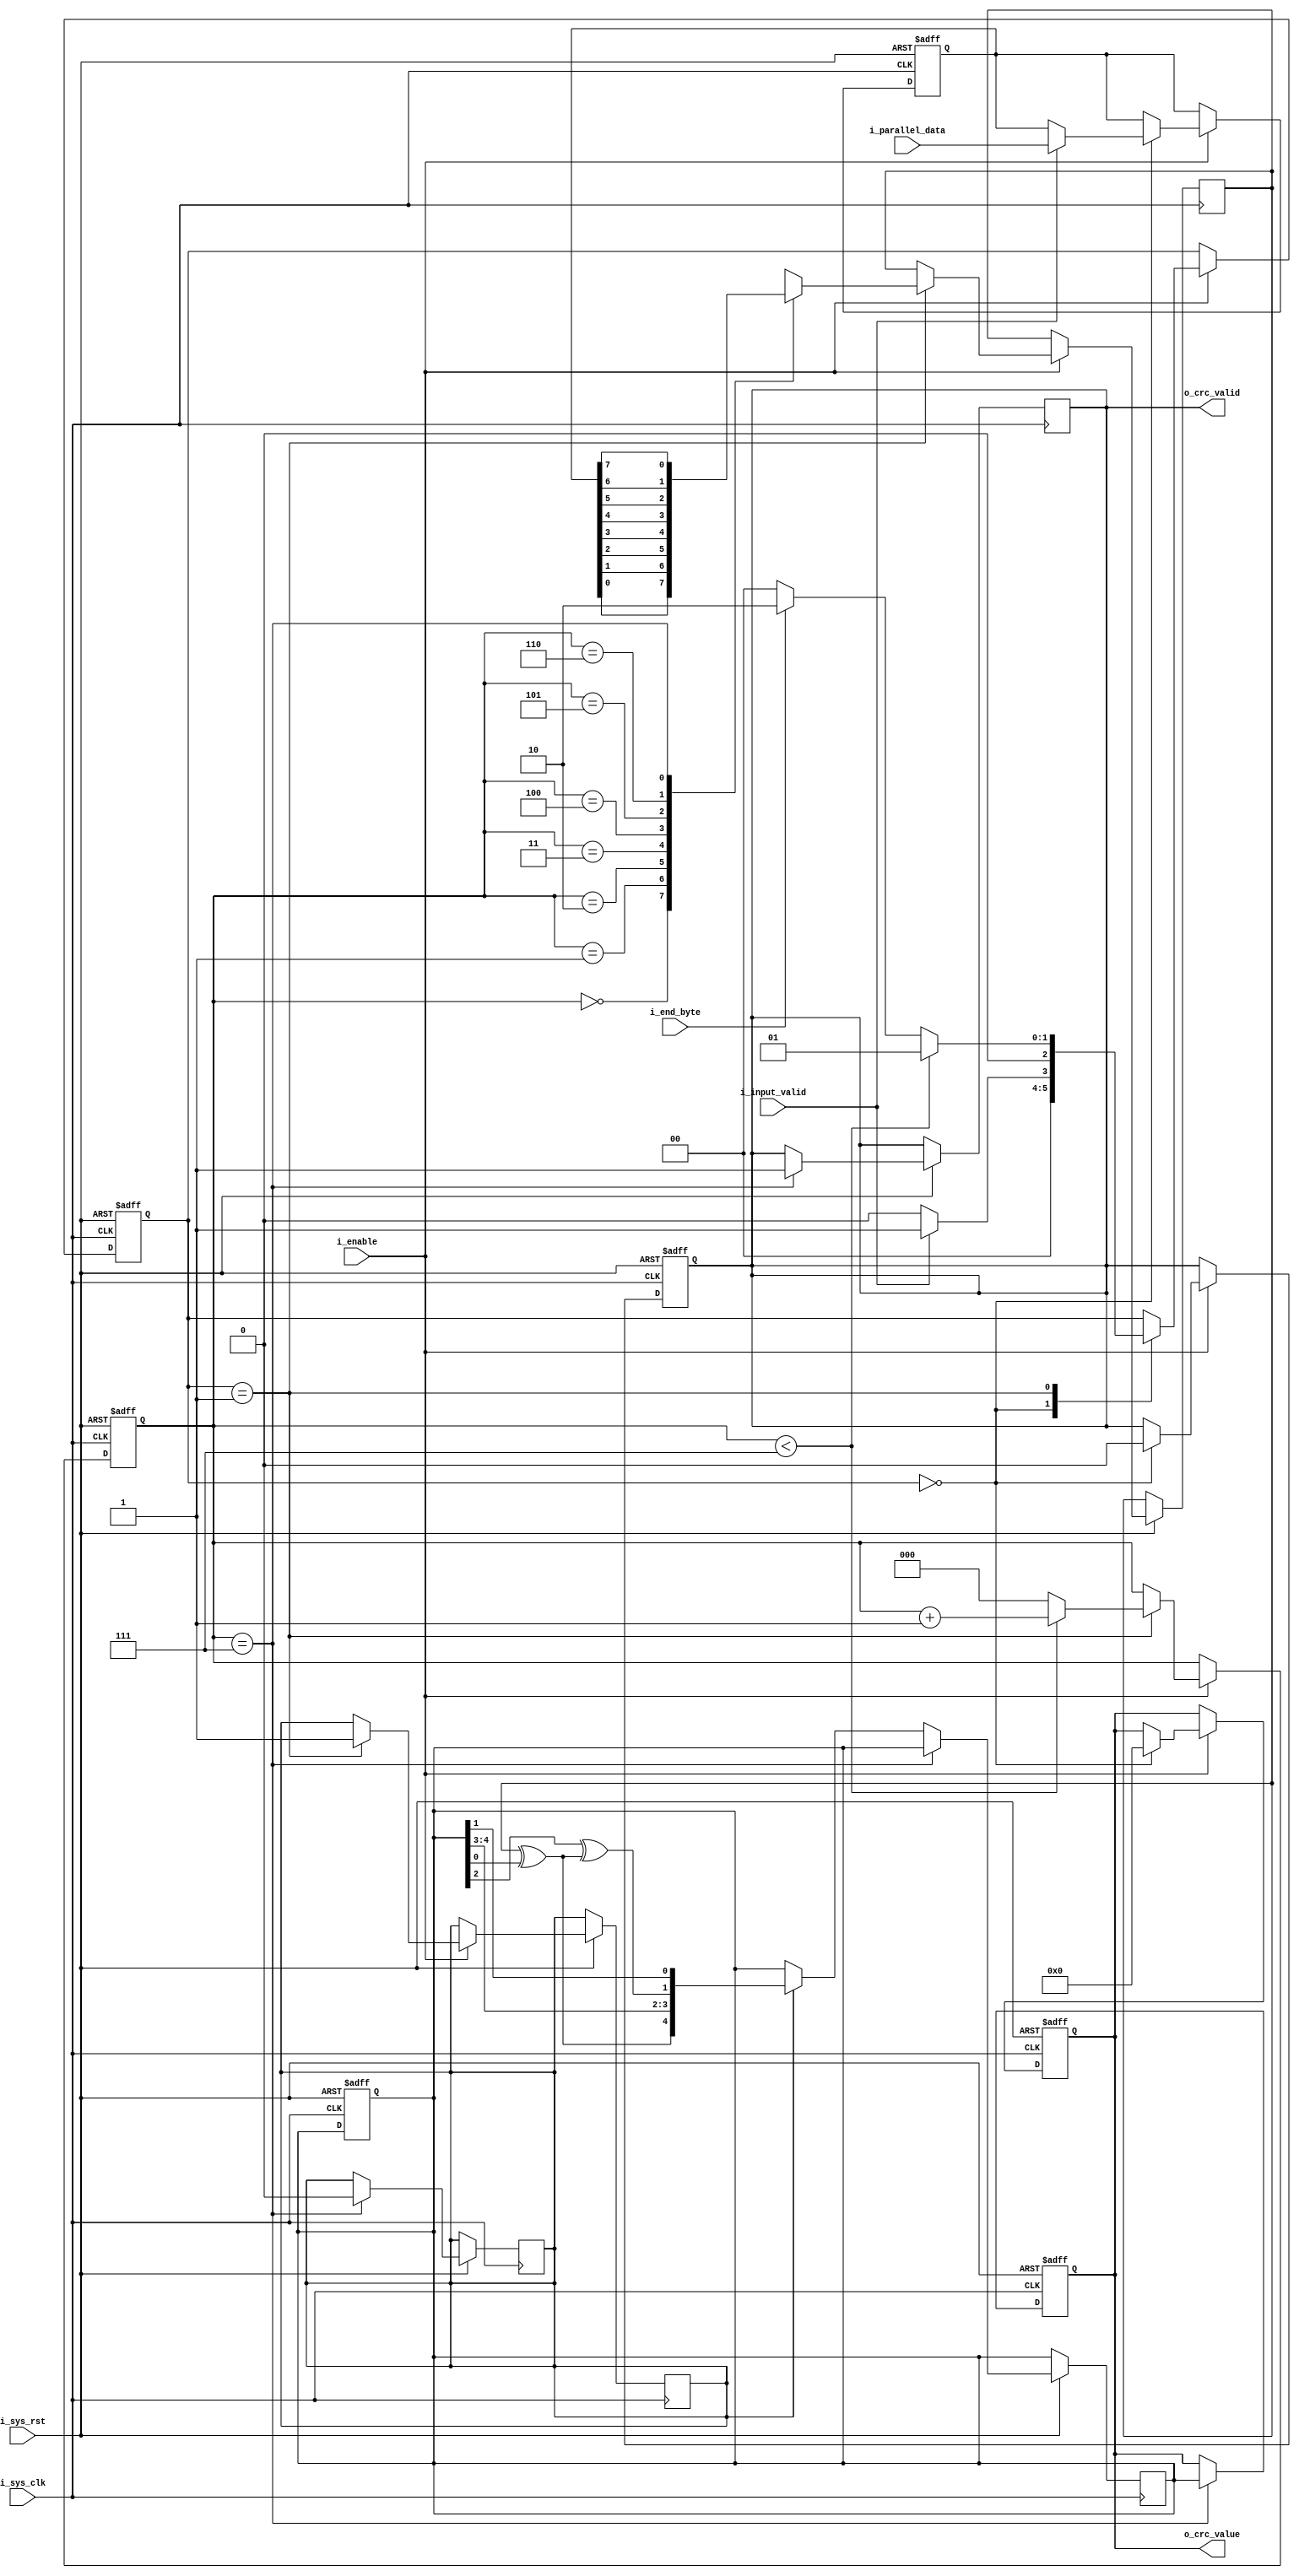
module crc_variable_input (
    input wire i_sys_clk,
    input wire i_sys_rst,
    input wire [7:0] i_parallel_data,
    input wire i_input_valid, //which is connected to mode done of tx
    input wire i_enable,
    input wire i_end_byte,
    output reg [4:0] o_crc_value,
    output reg o_crc_valid
);


// CRC polynomial
parameter polynomial = 5'b101101; // 5-bit CRC polynomial
localparam  IDLE     = 2'b00,
            CALC_CRC = 2'b01,
            OUT_CRC  = 2'b10;




// CRC registers
//reg [4:0] crc_reg;
reg [7:0] data_reg;
reg [4:0] LFSR;
reg [2:0] current_state, next_state;
reg [2:0] counter;  // Counter to keep track of bit position
//reg [4:0] shift_reg; // Shift register for CRC calculation
reg serial_out;
wire Feedback;
reg enter_crc ;
 always@(posedge i_sys_clk or negedge i_sys_rst) begin
      if (!i_sys_rst) begin
        LFSR <= 5'b0_0000;
        o_crc_value   <= 5'b00000; // Initialize CRC register to 0
        data_reg      <= 8'b0; // Initialize data register to 0
        o_crc_valid   <= 1'b0; // Output valid signal low on reset
        next_state <= IDLE;
        counter <= 3'b000;
        ///LFSR <= seeed;
      end
      else if (i_enable)
      begin
        //current_state <= next_state;
        case (next_state)
                IDLE : begin 
                  //if(i_enable)
                    if(i_input_valid) begin
                      data_reg <= i_parallel_data;
                      ///ser
                      o_crc_value <= 5'b00000;
                      o_crc_valid <= 1'b0;
                      next_state <= CALC_CRC;
                    end
                    else
                      begin
                      o_crc_value <= 5'b00000;
                      o_crc_valid <= 1'b0;
                      next_state <= IDLE;
                      end
                end

                CALC_CRC : begin
                  ///serializing
                  //flag
                  enter_crc <= 1'b1;
                      if (counter < 3'b111) begin
                        counter <= counter + 1;
                        next_state <= CALC_CRC;
                        end 
                      else begin
                          counter <= 3'b000;
                          if (!i_end_byte) begin
                            next_state <= IDLE;
                          end
                          else
                            next_state <= OUT_CRC;
                        
                      end
                        // Output serial_out based on the counter value
                        case(counter)
                          3'b000: serial_out <= data_reg[0];
                          3'b001: serial_out <= data_reg[1];
                          3'b010: serial_out <= data_reg[2];
                          3'b011: serial_out <= data_reg[3];
                          3'b100: serial_out <= data_reg[4];
                          3'b101: serial_out <= data_reg[5];
                          3'b110: serial_out <= data_reg[6];
                          3'b111: serial_out <= data_reg[7];

                          default: serial_out <= 1'b0; // Default case
                        endcase
                    ///calc crc


                end
                OUT_CRC : begin


                end
        endcase
      end
    end //foralways

   assign Feedback = serial_out ^ LFSR[0] ;
  //assign enter_crc= (counter==3'b111)? 0: 1;
//parameter polynomial = 5'b10_1101; // 5-bit CRC polynomial
//parameter polynomial = 5'b10_0101; // 5-bit CRC polynomial
//0100_0100
//0_0000====110
      always @(posedge i_sys_clk or negedge i_sys_rst) begin 
            if(~i_sys_rst) begin
               o_crc_value <= 0;
            end
            else if (counter==3'b111) begin
              enter_crc <= 1'b0;
              o_crc_value <= LFSR;
              o_crc_valid <= 1'b1;
            end
            else if(enter_crc) begin
            LFSR <= {Feedback , LFSR[4] , LFSR[3] , LFSR[2]^Feedback , LFSR[1]};
            end
            
          end
               

endmodule